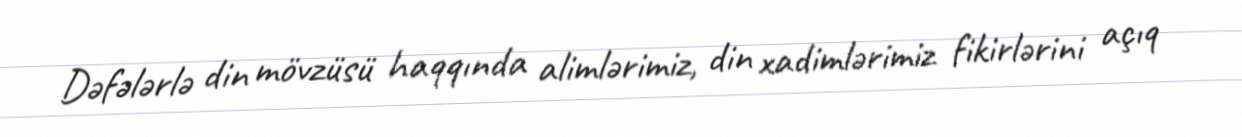
Dəfələrlə din mövzüsü haqqında alimlərimiz, din xadimlərimiz fikirlərini açıq